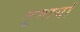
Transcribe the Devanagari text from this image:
नुमायां